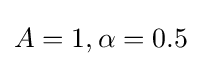
A=1,\alpha =0.5